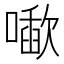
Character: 𰈱